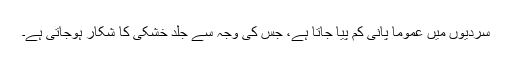
سردیوں میں عموماً پانی کم پیا جاتا ہے، جس کی وجہ سے جِلد خشکی کا شکار ہوجاتی ہے۔